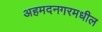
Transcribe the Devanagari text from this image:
अहमदनगरमधील